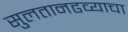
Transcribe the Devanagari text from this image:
सुलतानढव्याचा